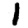
Digit: 1